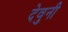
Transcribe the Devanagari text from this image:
देवुनी